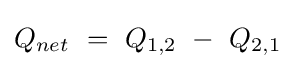
Q_{net}\ =\ Q_{1,2}\ -\ Q_{2,1}